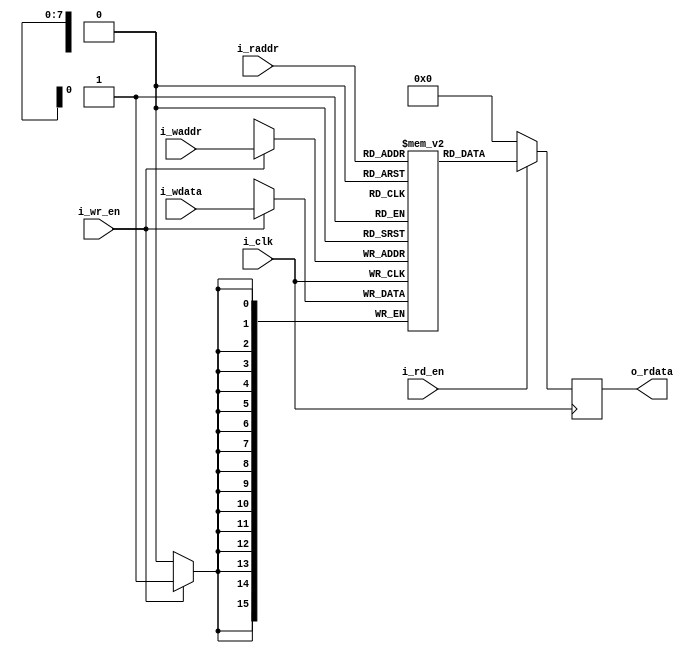
/*

iCE40 Dual-Ported Block RAM (read @ negedge)
(derived from FPGA-TN-02002-1-7-Memory-Usage-Guide-for-iCE40-Devices.pdf)

    +-----------------+
    | bram (4kb)      |
    |                 |
--->|i_rd_en   i_wr_en|<---
=A=>|i_raddr   i_waddr|<=A=
<=D=|o_rdata   i_wdata|<=D=
    |                 |
 +->|i_clk            |
 |  +-----------------+

*/

`default_nettype none

module bram #(
    // DATA_SZ x MEM_MAX = 4096 bits
    parameter DATA_SZ           = 16,                           // number of bits per memory word
    parameter ADDR_SZ           = 8,                            // number of bits in each address
    parameter MEM_MAX           = (1<<ADDR_SZ)                  // maximum memory memory address
) (
    input                       i_clk,                          // system clock

    input                       i_wr_en,                        // write request
    input         [ADDR_SZ-1:0] i_waddr,                        // write address
    input         [DATA_SZ-1:0] i_wdata,                        // data written

    input                       i_rd_en,                        // read request
    input         [ADDR_SZ-1:0] i_raddr,                        // read address
    output reg    [DATA_SZ-1:0] o_rdata                         // data read
);

    // inferred block ram
    reg [DATA_SZ-1:0] mem [0:MEM_MAX-1];

    // write access
    always @(posedge i_clk) begin
        if (i_wr_en) begin
            mem[i_waddr] <= i_wdata;
        end
    end

    // read access
    always @(negedge i_clk) begin
        if (i_rd_en) begin
            o_rdata <= mem[i_raddr];
        end else begin
            o_rdata <= 0;  // UNDEF
        end
    end

endmodule